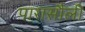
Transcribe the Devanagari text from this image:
पारासौली